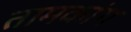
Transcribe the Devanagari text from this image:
तामकांग